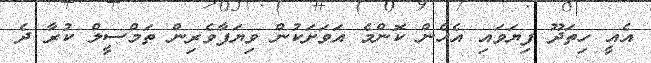
އެއީ ހިތަދޫ ފިޔަވައި އެެހެން ކޮންމެ އަވަށަކުން ވިޔަފާވެރިން ތަމްސީލް ކުރާ ދެ